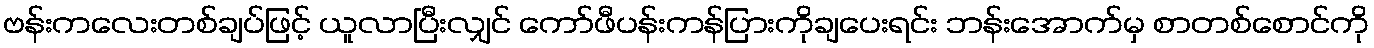
ဗန်းကလေးတစ်ချပ်ဖြင့် ယူလာပြီးလျှင် ကော်ဖီပန်းကန်ပြားကိုချပေးရင်း ဘန်းအောက်မှ စာတစ်စောင်ကို